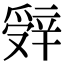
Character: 辤